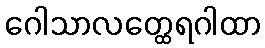
ဂေါသာလတ္ထေရဂါထာ